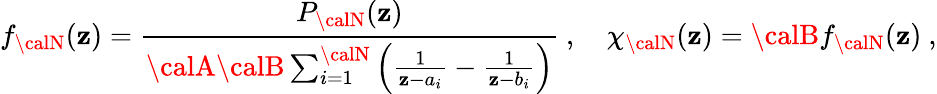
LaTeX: f_{\calN}(\mathbf{z})={\frac{{P_{\calN}(\mathbf{z})}}{{{\calA}{\calB}\sum_{i=1}^{\calN}\left({\frac{{1}}{{\mathbf{z}-a_{i}}}}-{\frac{{1}}{{\mathbf{z}-b_{i}}}}\right)}}}\ ,\quad\chi_{\calN}(\mathbf{z})={\calB}f_{\calN}(\mathbf{z})\ ,